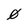
Character: 0